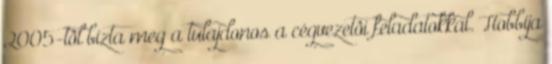
2005-tôl bízta meg a tulajdonos a cégvezetôi feladatokkal. Hobbija